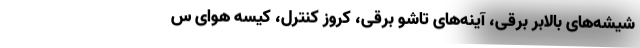
شیشه‌های بالابر برقی، آینه‌های تاشو برقی، کروز کنترل، کیسه هوای س